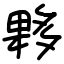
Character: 夥